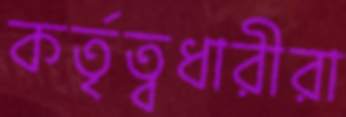
কর্তৃত্বধারীরা